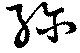
弥